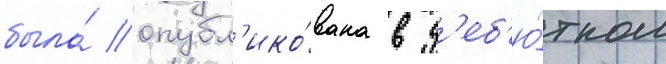
была́ опубл'ико́вана в д'еб'ю́тном